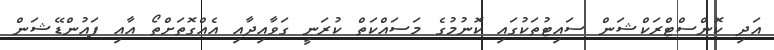
އަދި ކޮންސްޓްރަކްޝަން ސައިޓުތަކުގައި ކޮނުމުގެ މަސައްކަތް ކުރަނީ ގަވާއިދާއި އެއްގޮތަށްތޯ އާއި ފައުންޑޭޝަން